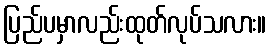
ပြည်ပမှာလည်းထုတ်လုပ်သလား။